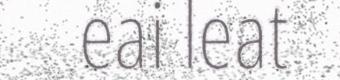
eai leat